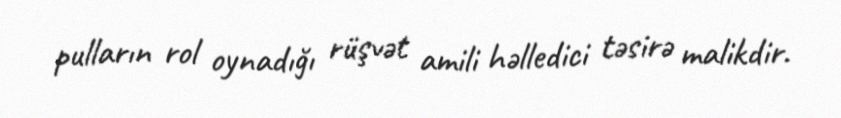
pulların rol oynadığı rüşvət amili həlledici təsirə malikdir.